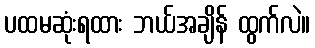
ပထမဆုံးရထား ဘယ်အချိန် ထွက်လဲ။